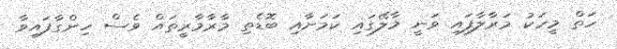
ހަތް މީހަކު މަރާލާފައި ވަނީ މާލޭގައި ކަމަށާއި ބޮޑެތި މާރާމާރީތައް ވެސް ހިންގާފައިވާ